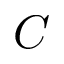
C